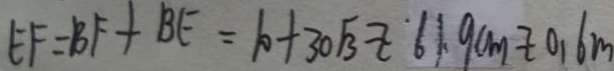
E F = B F + B E = 1 0 + 3 0 \sqrt { 3 } z 6 1 . 9 c m z 0 . 6 m